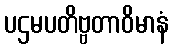
ပဌမပတိဗ္ဗတာဝိမာနံ